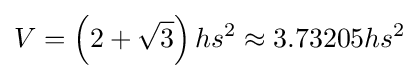
V=\left(2+{\sqrt {3}}\right)hs^{2}\approx 3.73205hs^{2}